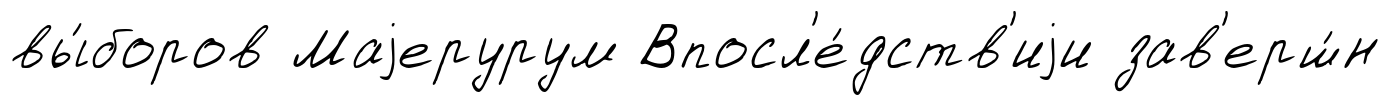
вы́боров Маjерурум Впосл'е́дств'иjи зав'ерш́н